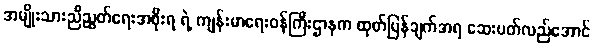
အမျိုးသားညီညွတ်ရေးအစိုးရ ရဲ့ ကျန်းမာရေးဝန်ကြီးဌာနက ထုတ်ပြန်ချက်အရ ဆေးပတ်လည်အောင်